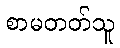
စာမတတ်သူ